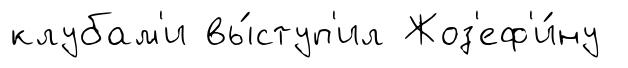
клубам'и вы́ступ'ил Жоз'еф'и́ну